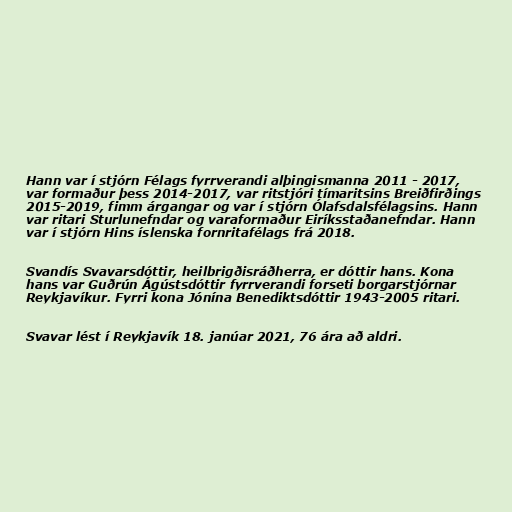
Hann var í stjórn Félags fyrrverandi alþingismanna 2011 - 2017,
var formaður þess 2014-2017, var ritstjóri tímaritsins Breiðfirðings
2015-2019, fimm árgangar og var í stjórn Ólafsdalsfélagsins. Hann
var ritari Sturlunefndar og varaformaður Eiríksstaðanefndar. Hann
var í stjórn Hins íslenska fornritafélags frá 2018.

Svandís Svavarsdóttir, heilbrigðisráðherra, er dóttir hans. Kona
hans var Guðrún Ágústsdóttir fyrrverandi forseti borgarstjórnar
Reykjavíkur. Fyrri kona Jónína Benediktsdóttir 1943-2005 ritari.

Svavar lést í Reykjavík 18. janúar 2021, 76 ára að aldri.